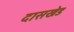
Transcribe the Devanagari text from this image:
दासखेड